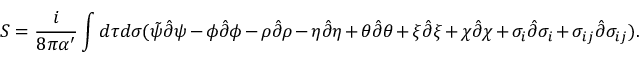
S = \frac { i } { 8 \pi \alpha ^ { \prime } } \int d \tau d \sigma ( \tilde { \psi } \hat { \partial } \psi - \phi \hat { \partial } \phi - \rho \hat { \partial } \rho - \eta \hat { \partial } \eta + \theta \hat { \partial } \theta + \xi \hat { \partial } \xi + \chi \hat { \partial } \chi + \sigma _ { i } \hat { \partial } \sigma _ { i } + \sigma _ { i j } \hat { \partial } \sigma _ { i j } ) .